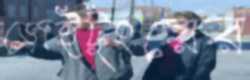
জেইটুংয়ের